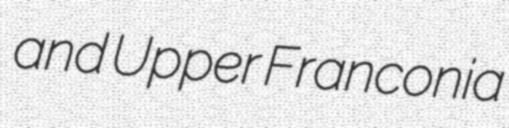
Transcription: and Upper Franconia